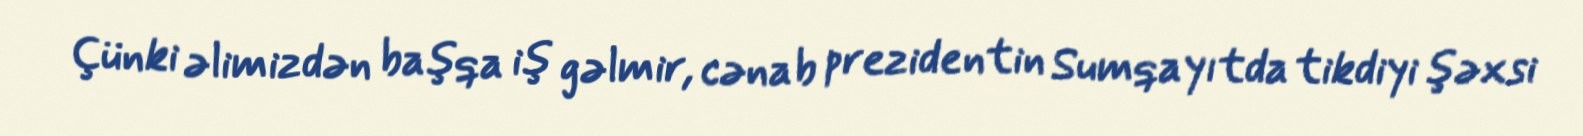
Çünki əlimizdən başqa iş gəlmir, cənab prezidentin Sumqayıtda tikdiyi şəxsi